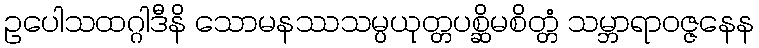
ဥပေါသထဂ္ဂါဒီနိ သောမနဿသမ္ပယုတ္တပစ္ဆိမစိတ္တံ သမ္ဘာရာဝဇ္ဇနေန